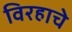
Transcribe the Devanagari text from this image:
विरहाचे